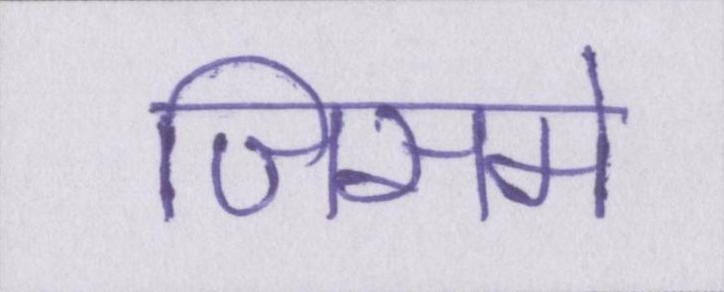
जिसमे